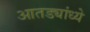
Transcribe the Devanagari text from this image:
आतड्यांध्ये